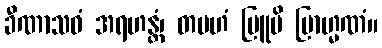
ခီဏာသဝံ အရဟန္တံ၊ တမဟံ ဗြူမိ ဗြာဟ္မဏံ။